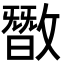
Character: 𪯘